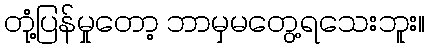
တုံ့ပြန်မှုတော့ ဘာမှမတွေ့ရသေးဘူး။